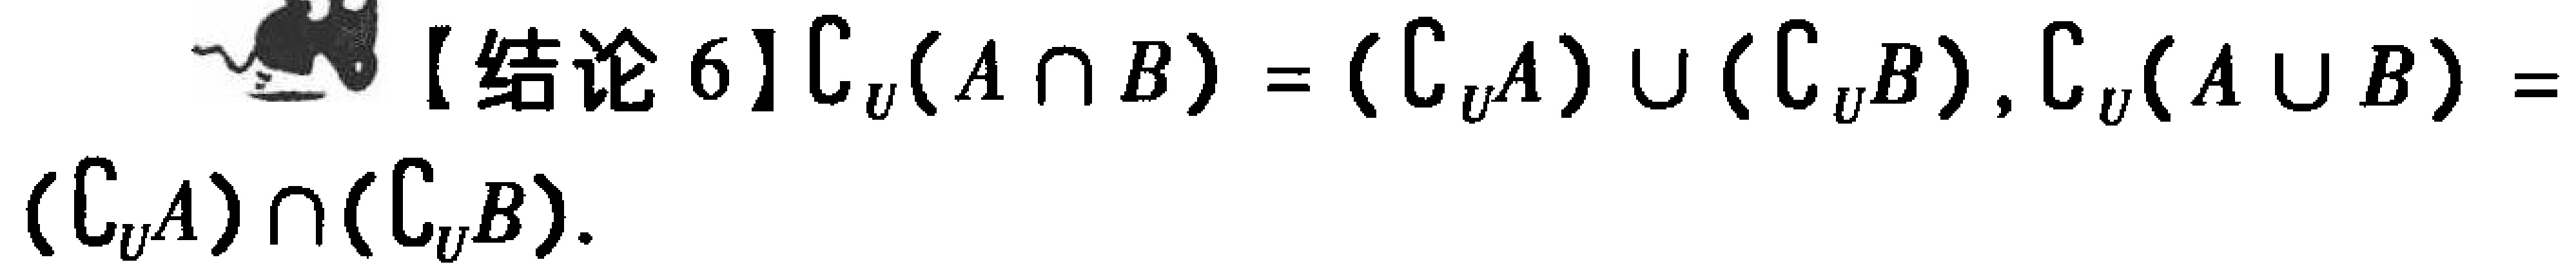
【结论 6】$C_U(A\cap B)=(C_U A)\cup(C_U B), C_U(A\cup B)=(C_U A)\cap(C_U B)$